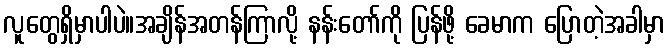
လူတွေရှိမှာပါပဲ။အချိန်အတန်ကြာလို့ နန်းတော်ကို ပြန်ဖို့ ခေမာက ပြောတဲ့အခါမှာ